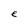
Character: e